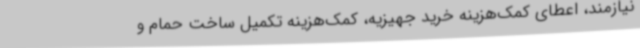
نیازمند، اعطای کمک‌هزینه خرید جهیزیه، کمک‌هزینه تکمیل ساخت حمام و